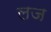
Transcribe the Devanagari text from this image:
लज